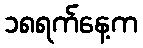
၁၈ရက်နေ့က